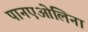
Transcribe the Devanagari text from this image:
पानएओलिना